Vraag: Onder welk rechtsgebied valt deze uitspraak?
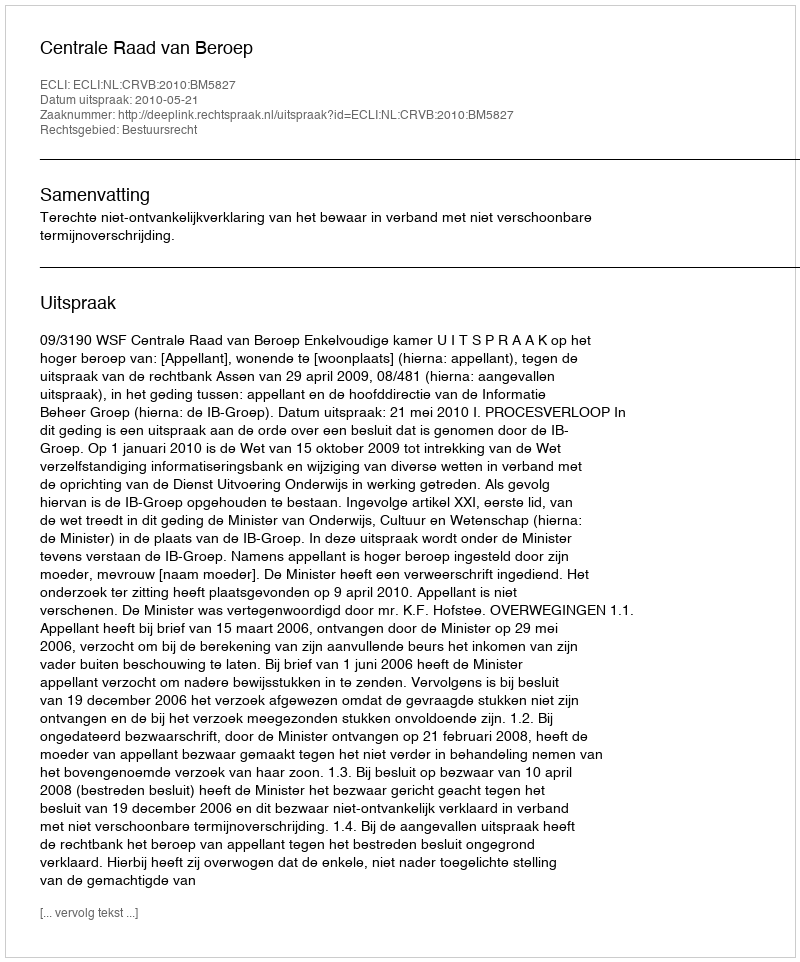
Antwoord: Bestuursrecht